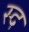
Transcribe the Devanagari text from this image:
स्द